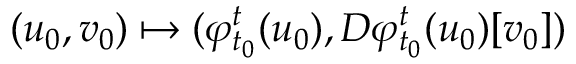
( u _ { 0 } , v _ { 0 } ) \mapsto ( \varphi _ { t _ { 0 } } ^ { t } ( u _ { 0 } ) , D \varphi _ { t _ { 0 } } ^ { t } ( u _ { 0 } ) [ v _ { 0 } ] )